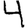
Digit: 4